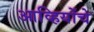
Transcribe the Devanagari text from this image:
आव्हियोंचे